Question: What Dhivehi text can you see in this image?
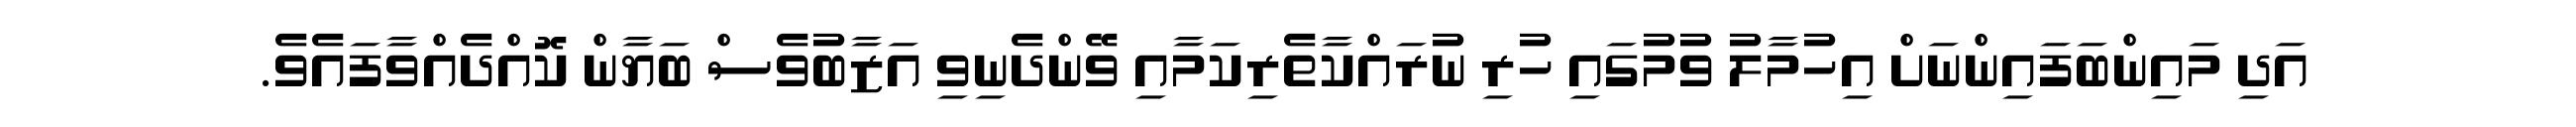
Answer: އަދި މައިންބަފައިންނަށް އިހުމާލު ވުމުގައި ހުރި ނުރައްކާތެރިކަމާއި ވޭންދެނިވި އަޒާބުވެސް ބަޔާން ކޮއްދެއްވާފައެވެ.